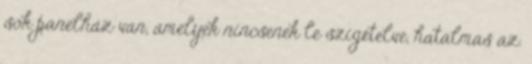
sok panelház van, amelyek nincsenek le szigetelve, hatalmas az.